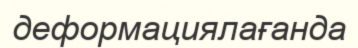
деформациялағанда